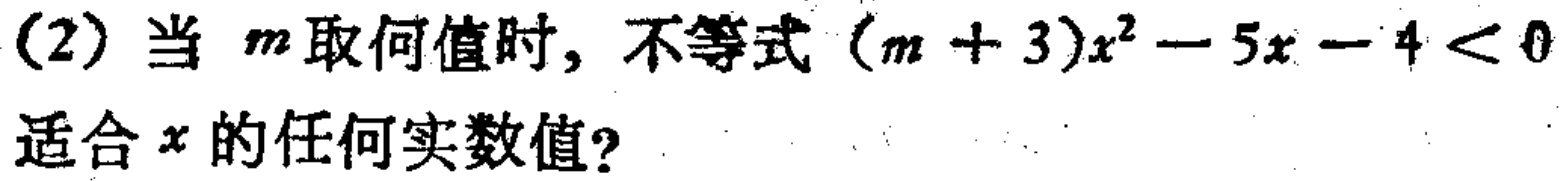
(2) 当 \(m\) 取何值时，不等式 \((m + 3)x^{2}-5x - 4 < 0\) 适合 \(x\) 的任何实数值？